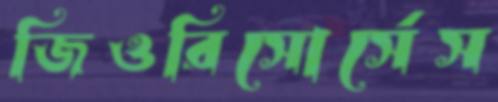
জিওরিসোর্সেস